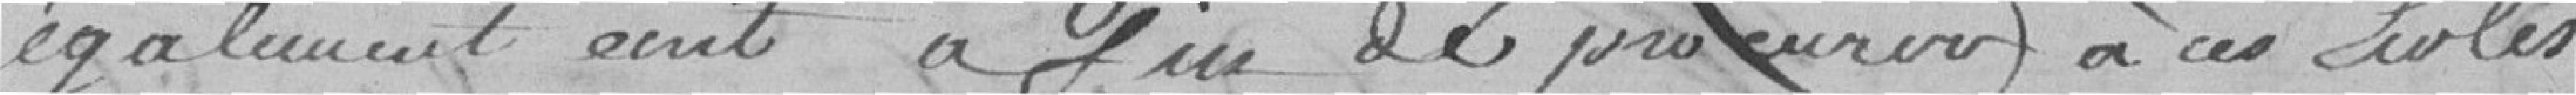
également écrit afin de procurer à ces écoles